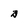
Character: B